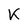
Character: K